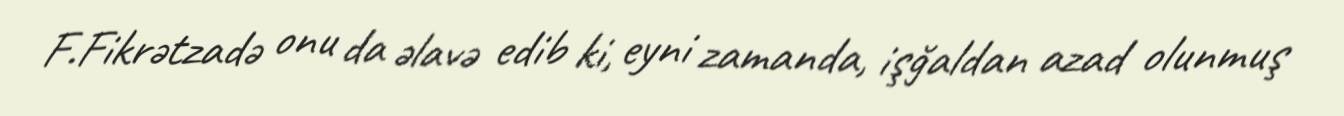
F.Fikrətzadə onu da əlavə edib ki, eyni zamanda, işğaldan azad olunmuş